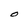
Character: O